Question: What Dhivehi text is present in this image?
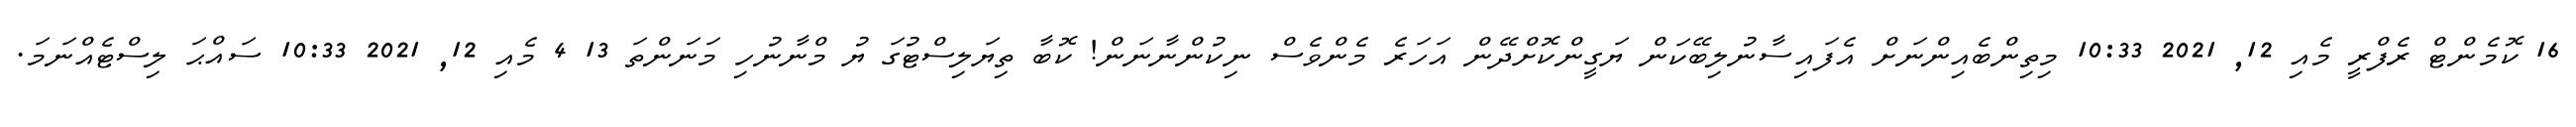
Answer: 16 ކޮމެންޓް ރެފްރީ މެއި 12, 2021 10:33 މިތިންބެއިންނަށް އެފައިސާނުލިބޭކަން ޔަގީންކޮށްދޭން އަހަރެ މެންވެސް ނިކުންނާނަން! ކޮބާ ތިޔަލިސްޓުގަ ޔު މްނާނުހި މަނަންތަ 13 4 މެއި 12, 2021 10:33 ސައްޙަ ލިސްޓެއްނަމަ.